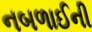
નબળાઈની